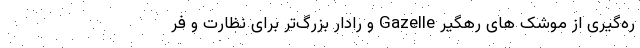
ره‌گیری از موشک های رهگیر Gazelle و رادار بزرگ‌تر برای نظارت و فر